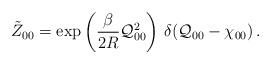
LaTeX: \begin{align*}\tilde{Z}_{00} = \exp\left(\frac{\beta}{2R}{\cal Q}_{00}^{2}\right)\,\delta({\cal Q}_{00} - \chi_{00})\,.\end{align*}